Annual administration and progress report of the Indian Medical Department, Bombay
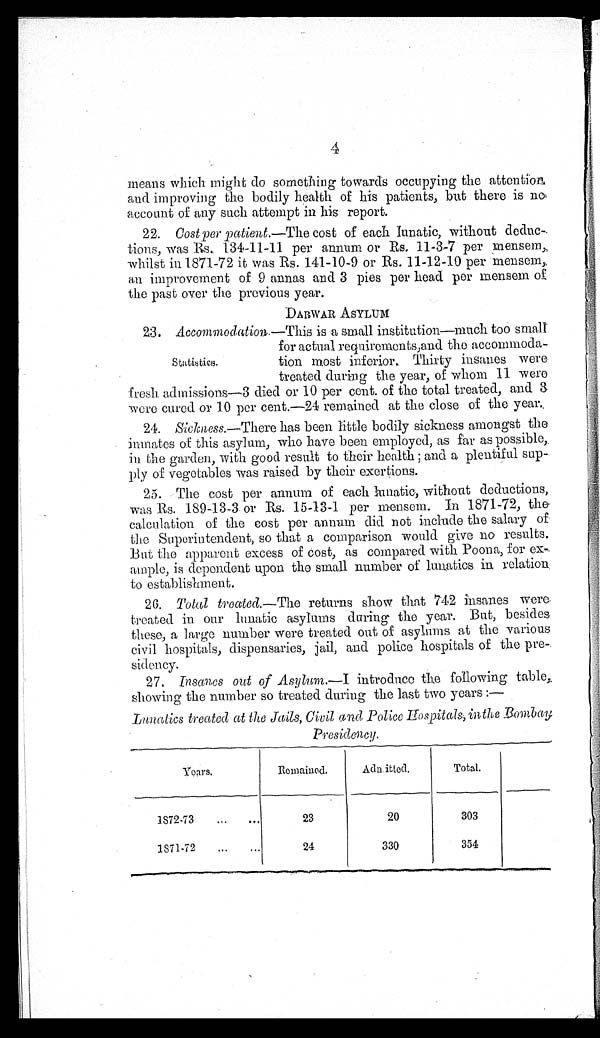
means which might do something towards occupying the attention
and improving the bodily health of his patients, but there is no
account of any such attempt in his report.
22. Cost per patient.—The cost of each lunatic, without deduc-
tions, was Rs. 134-11-11 per annun or Rs. 11-3-7 per mensem,
whilst in 1871-72 it was Rs. 141-10-9 or Rs. 11-12-10 per mensem,
an improvement of 9 annas and 3 pies per head per mensem of
the past over the previous year.
DARWAR ASYLUM
23. Accommodation.—This is a small institution—much too small
for actual requirements, and the accommoda-
Statistics. t i o n m o s t i n f e r i o r . T h i r t y i n s a n e s w e r e
treated during the year, of whom 11 were
fresh admissions—3 died or 10 per cent. of the total treated, and
3 w e r e c u r e d
o r 1 0
p e r c e n t . — 2 4 r e m a i n e d a t t h e c l o s e o f t h e y e a r .
24.
Sickness.—There has been little bodily sickness amongst the
inmates of this asylum, who have been employed, as far as possible,
in the garden, with good result to their health; and a plentiful sup
-ply of vegetables was raised by their exertions.
25. The cost per annum of each lunatic, without deductions,
was Rs. 189-13-3 or Rs. 15-13-1 per mensem. In 1871-72, the
calculation of the cost per annum did not include the salary of
the Superintendent, so that a comparison would give no results.
But the apparent excess of cost, as compared with Poona, for ex-
ample, is dependent upon the small number of lunatics in relation
to establishment.
26. Total treated.— The returns show that 742 insanes were
treated in our lunatic asylums during the year. But, besides
these, a large number were treated out of asylums at the various
civil hospitals, dispensaries, jail, and police hospitals of the pre-
sidency.
27. Insanes out of Asylum.—I introduce the following table,
showing the number so treated during the last two years :
—
Lunatics treated at the Jails, Civil and Police Hospitals, in the Bombay
Presidency.
Years.
Remained.
Adnitted.
Total.
1872-73
23
20
303
1871-72
24
330
354